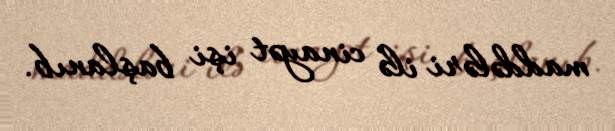
maddələri ilə cinayət işi başlanıb.